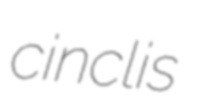
cinclis